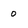
Character: o